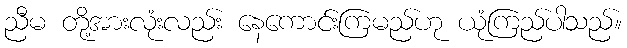
ညီမ တို့အားလုံးလည်း နေကောင်းကြမည်ဟု ယုံကြည်ပါသည်။